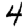
Digit: 4